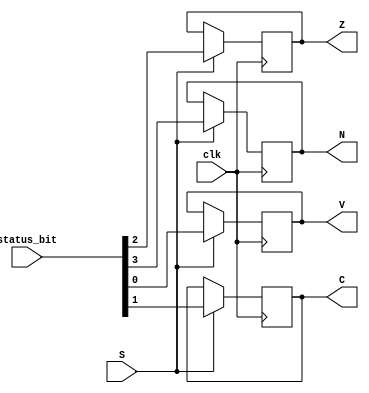
module Status_Reg(input clk, input[3:0] status_bit, input S, output N, Z, C, V);
    reg NR = 0, ZR = 0, CR = 0, VR = 0;
    always @(negedge clk) begin
        if (S) begin
            NR <= status_bit[3];
            ZR <= status_bit[2];
            CR <= status_bit[1];
            VR <= status_bit[0];
        end
    end
    assign {N, Z, C, V} = {NR, ZR, CR, VR};
    

endmodule